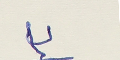
٣